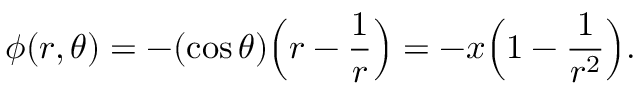
{ \phi } ( r , \theta ) = - ( \cos \theta ) \Big ( r - \frac 1 r \Big ) = - x \Big ( 1 - \frac { 1 } { r ^ { 2 } } \Big ) .